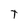
Character: T